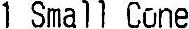
1 SAMLL CONE